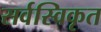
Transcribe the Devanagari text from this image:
सर्वस्विकृत